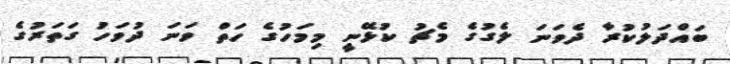
ބައްދަލުކުރާ ދެވަނަ ލެގުގެ މެޗު ކުޅޭނީ މިމަހުގެ ހަތް ވަނަ ދުވަހު ގަތަރުގެ